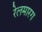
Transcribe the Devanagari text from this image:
रेलमारग